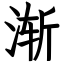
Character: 渐